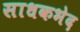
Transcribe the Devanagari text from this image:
साधकभेद